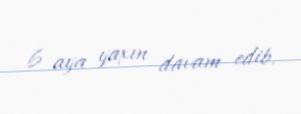
6 aya yaxın davam edib.